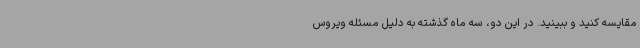
مقایسه کنید و ببینید. در این دو، سه ماه گذشته به دلیل مسئله ویروس